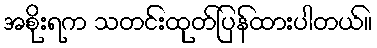
အစိုးရက သတင်းထုတ်ပြန်ထားပါတယ်။